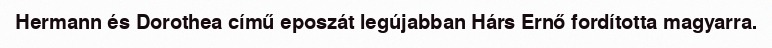
Hermann és Dorothea című eposzát legújabban Hárs Ernő fordította magyarra.